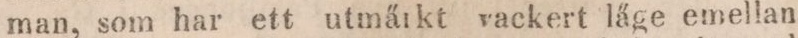
man, som har ett utmärkt vackert läge emellan